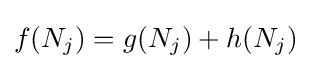
f(N_{j})=g(N_{j})+h(N_{j})